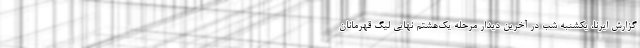
گزارش ایرنا، یکشنبه شب در آخرین دیدار مرحله یک‌هشتم نهایی لیگ قهرمانان